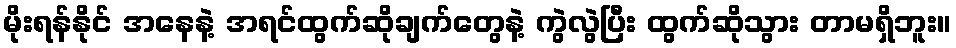
မိုးရန်နိုင် အနေနဲ့ အရင်ထွက်ဆိုချက်တွေနဲ့ ကွဲလွဲပြီး ထွက်ဆိုသွား တာမရှိဘူး။